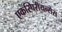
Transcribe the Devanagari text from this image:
एकस्पिरीयन्सेस